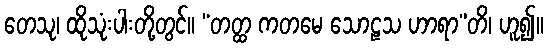
တေသု၊ ထိုသုံးပါးတို့တွင်။ “တတ္ထ ကတမေ သောဠသ ဟာရာ”တိ၊ ဟူ၍။